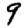
Digit: 9